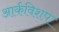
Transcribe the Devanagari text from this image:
आर्कविशप